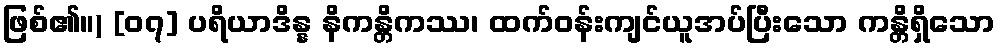
ဖြစ်၏။) [၀၇] ပရိယာဒိန္န နိကန္တိကဿ၊ ထက်ဝန်းကျင်ယူအပ်ပြီးသော ကန္တိရှိသော